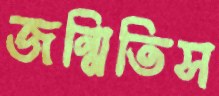
জন্মিতিস